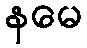
နမေ